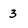
Character: 3